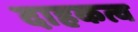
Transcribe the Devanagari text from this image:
दाहकत्व